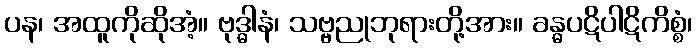
ပန၊ အထူကိုဆိုအံ့။ ဗုဒ္ဓါနံ၊ သဗ္ဗညုဘုရားတို့အား။ ခန္ဓပဋိပါဋိကိစ္စံ၊